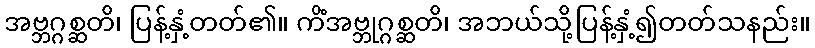
အဗ္ဘဂ္ဂစ္ဆတိ၊ ပြန့်နှံ့တတ်၏။ ကိံအဗ္ဘုဂ္ဂစ္ဆတိ၊ အဘယ်သို့ပြန့်နှံ့၍တတ်သနည်း။